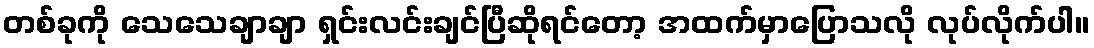
တစ်ခုကို သေသေချာချာ ရှင်းလင်းချင်ပြီဆိုရင်တော့ အထက်မှာပြောသလို လုပ်လိုက်ပါ။